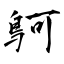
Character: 鴚